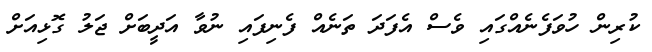
ކުރިން ހުވަފެނެއްގައި ވެސް އެފަދަ ތަނެއް ފެނިފައި ނުވާ އަދީބަށް ޖަލު ގޮޅިއަށް